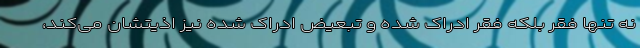
نه تنها فقر بلکه فقر ادراک شده و تبعیض ادراک شده نیز اذیتشان می‌کند،